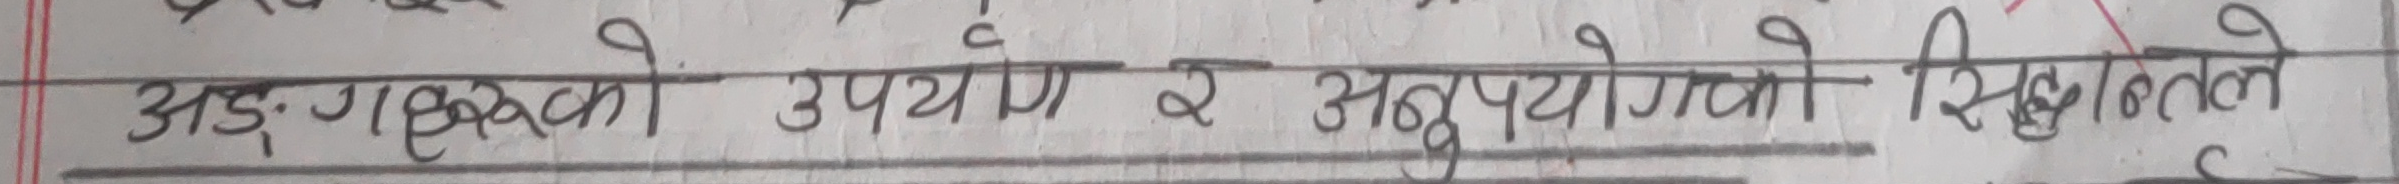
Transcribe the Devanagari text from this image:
अङ्ग्रेजीको उपयोग र अनुपयोगको सिलसिलाले